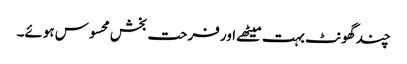
چند گھونٹ بہت میٹھے اور فرحت بخش محسوس ہوئے۔